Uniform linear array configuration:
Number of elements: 4
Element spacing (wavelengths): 0.5
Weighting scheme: hamming
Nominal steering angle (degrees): -15
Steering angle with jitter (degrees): -13.735
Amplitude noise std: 0.05
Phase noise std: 0.05

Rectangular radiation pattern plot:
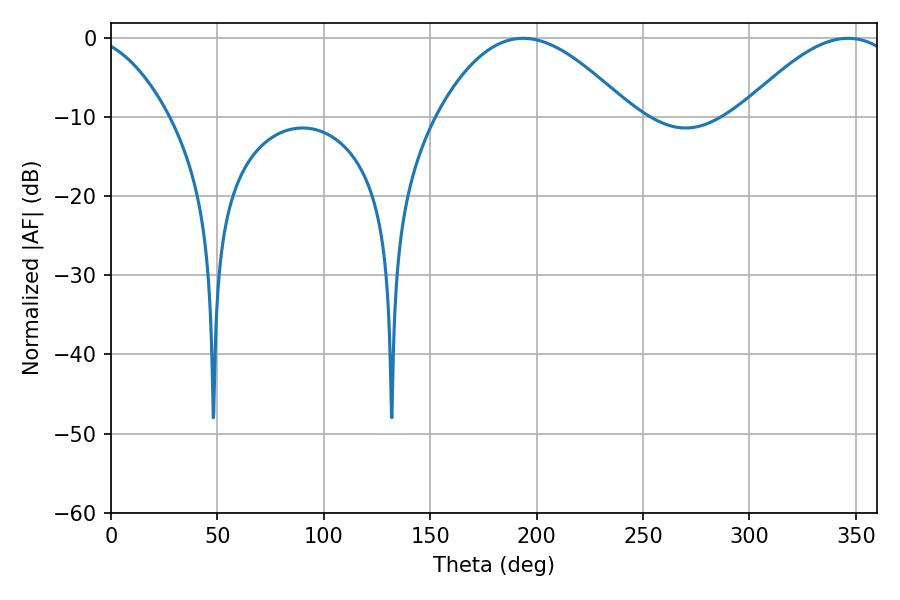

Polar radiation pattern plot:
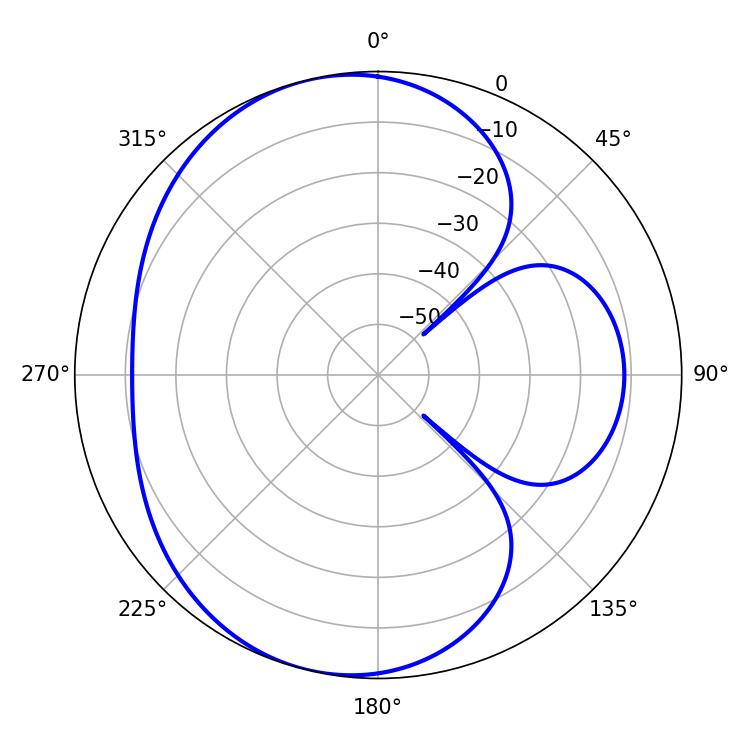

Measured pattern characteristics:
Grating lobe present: FALSE
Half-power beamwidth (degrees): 49.32
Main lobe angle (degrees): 193.68